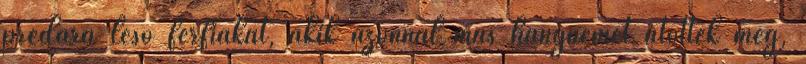
prédára leső férfiakat, akik azonnal más hangnemet ütöttek meg,